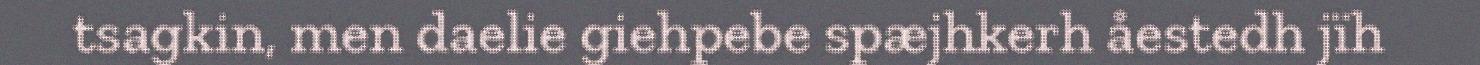
tsagkin, men daelie giehpebe spæjhkerh åestedh jïh